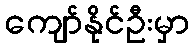
ကျော်နိုင်ဦးမှာ